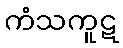
ကံသကူဋ